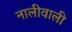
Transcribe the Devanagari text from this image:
नालीवाली